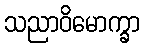
သညာဝိမောက္ခာ